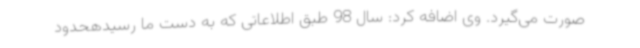
صورت می‌گیرد. وی اضافه کرد: سال 98 طبق اطلاعاتی که به دست ما رسیدهحدود